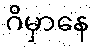
ဂိမှာနေ